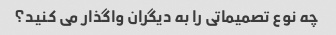
چه نوع تصمیماتی را به دیگران واگذار می کنید؟